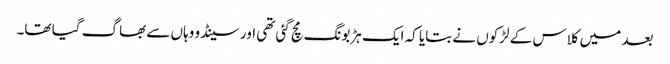
بعد میں کلاس کے لڑکوں نے بتایا کہ ایک ہڑبونگ مچ گئی تھی اور سینڈو وہاں سے بھاگ گیا تھا۔